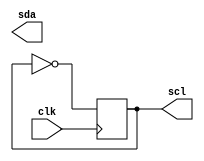
`timescale 1ns / 1ps
//////////////////////////////////////////////////////////////////////////////////
// Company: 
// Engineer: 
// 
// Design Name: 
// Module Name: oled
// Project Name: 
// Target Devices: 
// Tool Versions: 
// Description: 
// 
// Dependencies: 
// 
// Revision:
// Revision 0.01 - File Created
// Additional Comments:
// 
//////////////////////////////////////////////////////////////////////////////////


module oled(
    input clk,
    output sda,
    output scl
    );
    
    reg scl_r = 0;
    always @ (posedge clk) scl_r <= ~scl_r;
    assign scl=scl_r;
    
endmodule